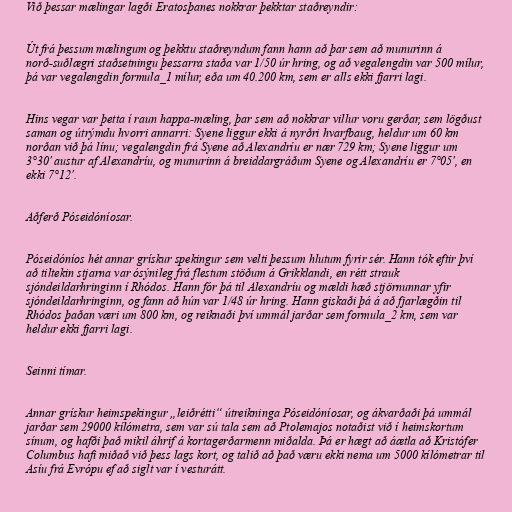
Við þessar mælingar lagði Eratosþanes nokkrar þekktar staðreyndir:

Út frá þessum mælingum og þekktu staðreyndum fann hann að þar sem að munurinn á
norð-suðlægri staðsetningu þessarra staða var 1/50 úr hring, og að vegalengdin var 500 mílur,
þá var vegalengdin formula_1 mílur, eða um 40.200 km, sem er alls ekki fjarri lagi.

Hins vegar var þetta í raun happa-mæling, þar sem að nokkrar villur voru gerðar, sem lögðust
saman og útrýmdu hvorri annarri: Syene liggur ekki á nyrðri hvarfbaug, heldur um 60 km
norðan við þá línu; vegalengdin frá Syene að Alexandríu er nær 729 km; Syene liggur um
3°30' austur af Alexandríu, og munurinn á breiddargráðum Syene og Alexandríu er 7°05', en
ekki 7°12'.

Aðferð Póseidóníosar.

Póseidóníos hét annar grískur spekingur sem velti þessum hlutum fyrir sér. Hann tók eftir því
að tiltekin stjarna var ósýnileg frá flestum stöðum á Grikklandi, en rétt strauk
sjóndeildarhringinn í Rhódos. Hann fór þá til Alexandríu og mældi hæð stjörnunnar yfir
sjóndeildarhringinn, og fann að hún var 1/48 úr hring. Hann giskaði þá á að fjarlægðin til
Rhódos þaðan væri um 800 km, og reiknaði því ummál jarðar sem formula_2 km, sem var
heldur ekki fjarri lagi.

Seinni tímar.

Annar grískur heimspekingur „leiðrétti“ útreikninga Póseidóníosar, og ákvarðaði þá ummál
jarðar sem 29000 kílómetra, sem var sú tala sem að Ptolemajos notaðist við í heimskortum
sínum, og hafði það mikil áhrif á kortagerðarmenn miðalda. Þá er hægt að áætla að Kristófer
Columbus hafi miðað við þess lags kort, og talið að það væru ekki nema um 5000 kílómetrar til
Asíu frá Evrópu ef að siglt var í vesturátt.